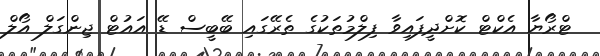
ޓްރޯޔާ އެކްޓް ކޮށްދީފައިވާ ފިލްމުތަކުގެ ތެރޭގައި ބޭބީސް ޑޭ އައުޓް ޖިންގަލް އޯލް